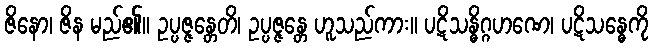
ဇိနော၊ ဇိန မည်၏။ ဥပ္ပဇ္ဇန္တေတိ၊ ဥပ္ပဇ္ဇန္တေ ဟူသည်ကား။ ပဋိသန္ဓိဂ္ဂဟဏေ၊ ပဋိသန္ဓေကို